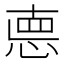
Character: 㥁